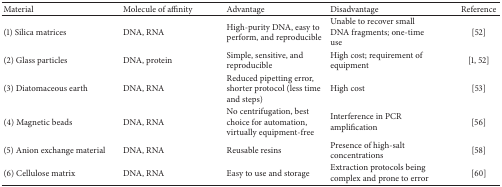
<table><thead><tr><td><b>Material</b></td><td><b>Molecule of affinity</b></td><td><b>Advantage</b></td><td><b>Disadvantage</b></td><td><b>Reference</b></td></tr></thead><tbody><tr><td>(1) Silica matrices</td><td>DNA, RNA</td><td>High-purity DNA, easy to perform, and reproducible</td><td>Unable to recover small DNA fragments; one-time use</td><td>[52]</td></tr><tr><td>(2) Glass particles</td><td>DNA, protein</td><td>Simple, sensitive, and reproducible</td><td>High cost; requirement of equipment</td><td>[1, 52]</td></tr><tr><td>(3) Diatomaceous earth</td><td>DNA, RNA</td><td>Reduced pipetting error, shorter protocol (less time and steps)</td><td>High cost</td><td>[53]</td></tr><tr><td>(4) Magnetic beads</td><td>DNA, RNA</td><td>No centrifugation, best choice for automation, virtually equipment-free</td><td>Interference in PCR amplification</td><td>[56]</td></tr><tr><td>(5) Anion exchange material</td><td>DNA, RNA</td><td>Reusable resins</td><td>Presence of high-salt concentrations</td><td>[58]</td></tr><tr><td>(6) Cellulose matrix</td><td>DNA, RNA</td><td>Easy to use and storage</td><td>Extraction protocols being complex and prone to error</td><td>[60]</td></tr></tbody></table>